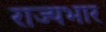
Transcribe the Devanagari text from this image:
राज्‍यभार